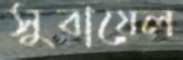
সুবায়েল